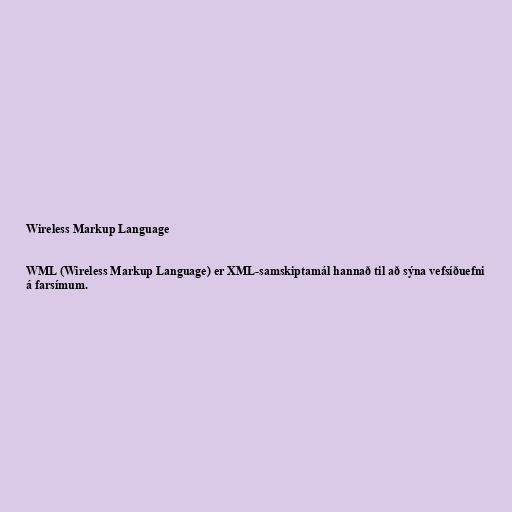
Wireless Markup Language

WML (Wireless Markup Language) er XML-samskiptamál hannað til að sýna vefsíðuefni
á farsímum.